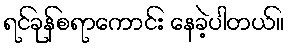
ရင်ခုန်စရာကောင်း နေခဲ့ပါတယ်။